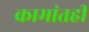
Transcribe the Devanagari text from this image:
कामांतही